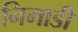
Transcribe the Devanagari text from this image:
निमाडी